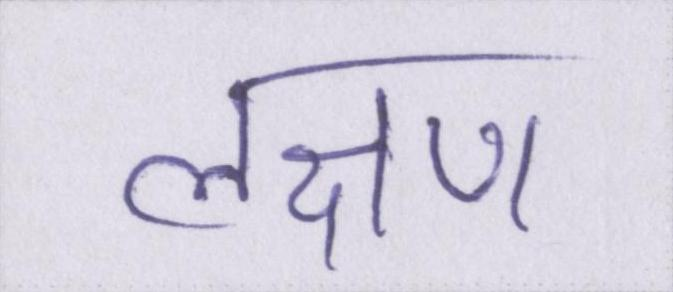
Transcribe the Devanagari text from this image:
लक्षण